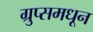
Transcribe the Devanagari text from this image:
ग्रुप्समधून